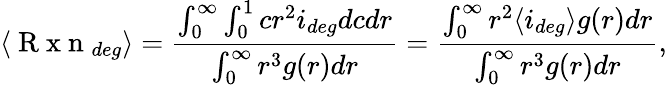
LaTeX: \langle\mathrm{~R~x~n~}_{deg}\rangle=\frac{\int_{0}^{\infty}\int_{0}^{1}cr^{2}i_{deg}dcdr}{\int_{0}^{\infty}r^{3}g(r)dr}=\frac{\int_{0}^{\infty}r^{2}\langle i_{deg}\rangle g(r)dr}{\int_{0}^{\infty}r^{3}g(r)dr},